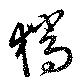
猯